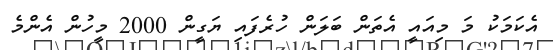
އެކަމަކު މަ މިއައީ އެތަން ބަލަން ހުރެފައި ޔަގީން 2000 މީހުން އެންމެ